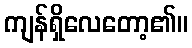
ကျန်ရှိလေတော့၏။